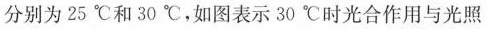
分别为25℃和30℃，如图表示30℃时光合作用与光照